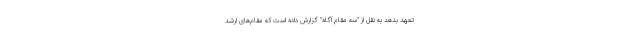
تعهد بدهد به نقل از "سه مقام آگاه" گزارش داده است که مقام‌های ارشد